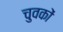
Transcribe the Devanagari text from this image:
चुवकों